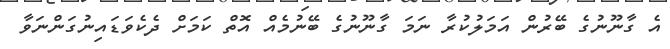
އެ ގާނޫނުގެ ބޭރުން އަމަލުކުރާ ނަމަ ގާނޫނުގެ ބޭނުމެއް އޮތް ކަމަށް ދެކެވަޑައިނުގަންނަވާ